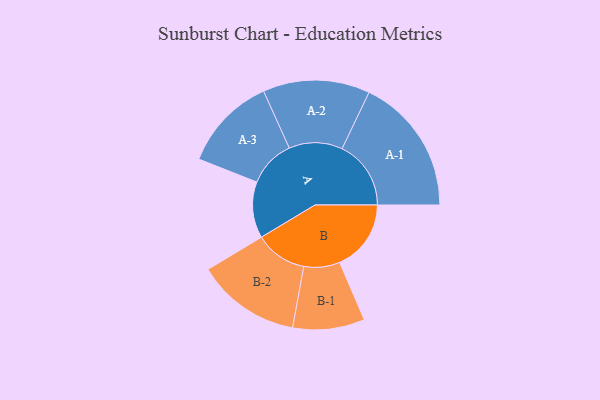
{"axis": {"x": "Segment", "y": "Value"}, "legend": ["", "A", "B"], "data": [{"x": "A", "y": 244, "type": ""}, {"x": "B", "y": 310, "type": ""}, {"x": "A-1", "y": 299, "type": "A"}, {"x": "A-2", "y": 232, "type": "A"}, {"x": "A-3", "y": 205, "type": "A"}, {"x": "B-1", "y": 156, "type": "B"}, {"x": "B-2", "y": 226, "type": "B"}]}